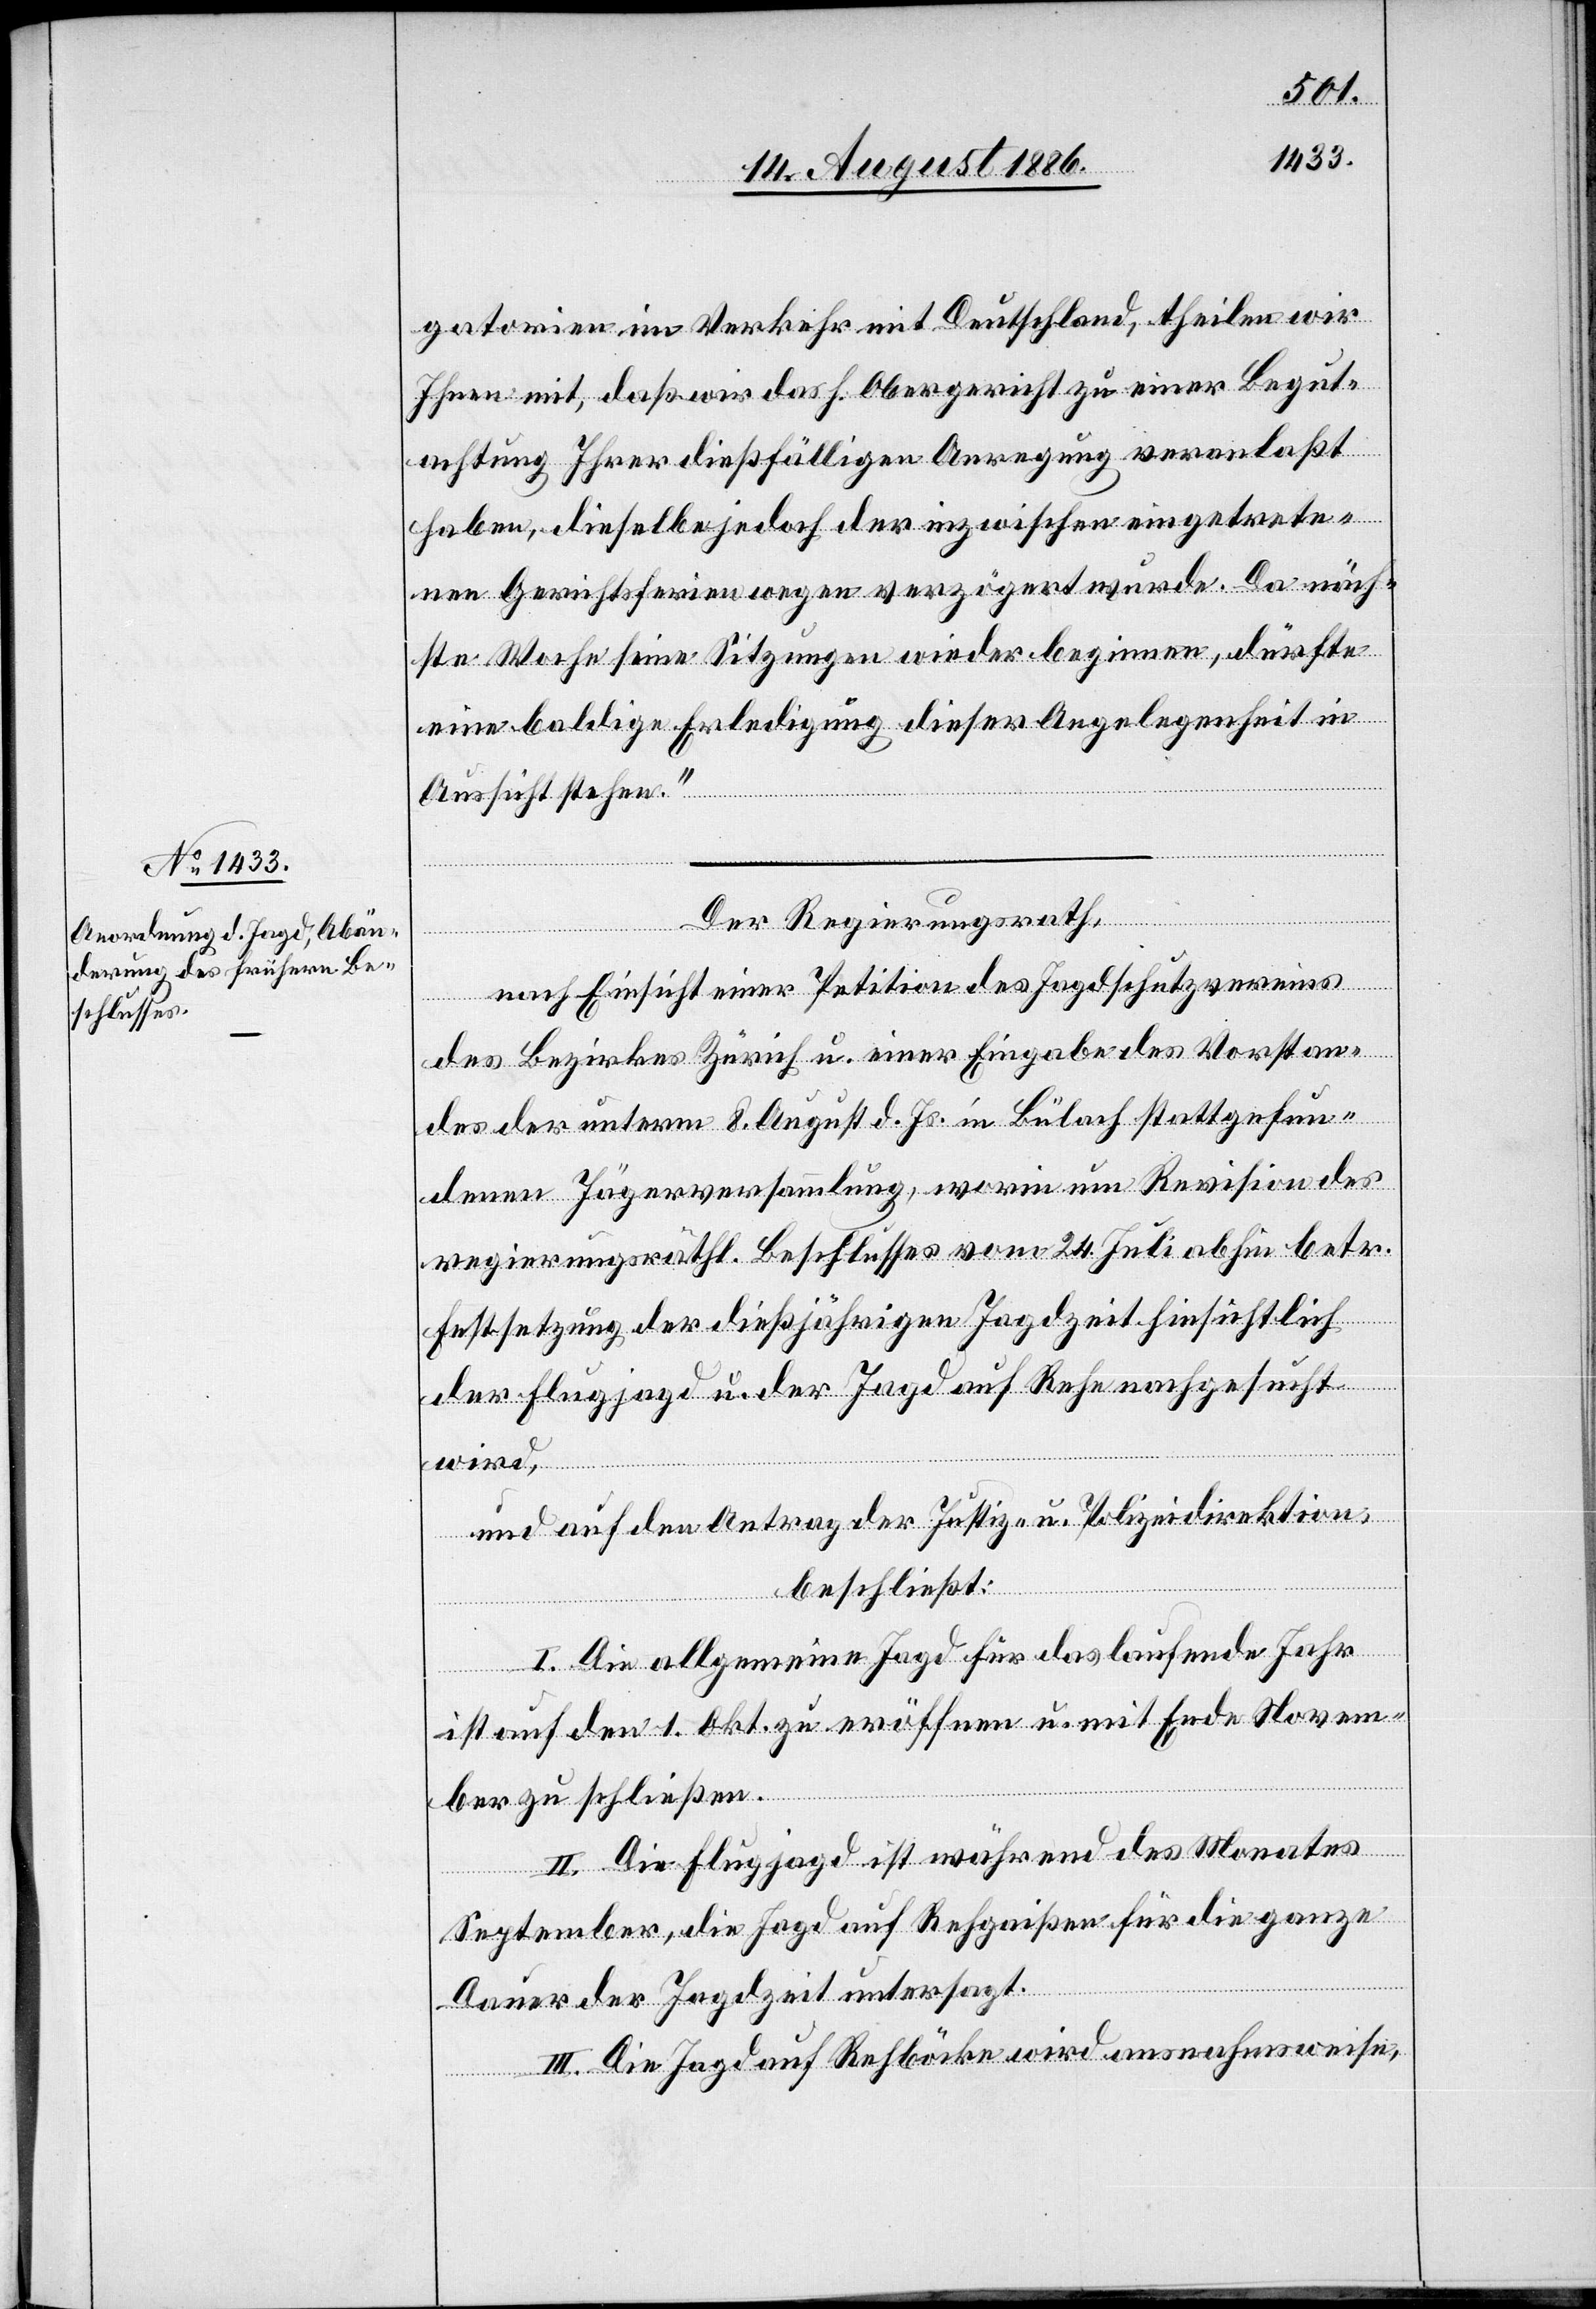
gatorien im Verkehr mit Deutschland, theilen wir
Ihnen mit, daß wir das h. Obergericht zu einer Begut¬
achtung Ihrer dießfälligen Anregung veranlaßt
haben, dieselbe jedoch der inzwischen eingetrete¬
nen Gerichtsferien wegen verzögert wurde. Da näch¬
ste Woche seine Sitzungen wieder beginnen, dürfte
eine baldige Erledigung dieser Angelegenheit in
Aussicht stehen.“
Der Regierungsrath,
nach Einsicht einer Petition des Jagdschutzvereins
des Bezirkes Zürich u. einer Eingabe des Vorstan¬
des der unterm 8. August d. Js. in Bülach stattgefun¬
denen Jägerversammlung, worin um Revision des
regierungsräthl. Beschlusses vom 24. Juli abhin betr.
Festsetzung der dießjährigen Jagdzeit hinsichtlich
der Flugjagd u. der Jagd auf Rehe nachgesucht
wird,
und auf den Antrag der Justiz- & Polizeidirektion,
beschließt:
I. Die allgemeine Jagd für das laufende Jahr
ist auf den 1. Okt. zu eröffnen u. mit Ende Novem¬
ber zu schließen.
II. Die Flugjagd ist während des Monates
September, die Jagd auf Rehgeißen für die ganze
Dauer der Jagdzeit untersagt.
III. Die Jagd auf Rehböcke wird ausnahmsweise,